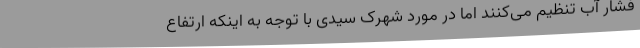
فشار آب تنظیم می‌کنند اما در مورد شهرک سیدی با توجه به اینکه ارتفاع